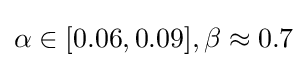
\alpha \in [0.06,0.09],\beta \approx 0.7